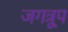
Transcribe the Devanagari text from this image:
जगत्रूप